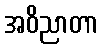
အဝိညာတာ